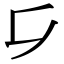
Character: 𠂎